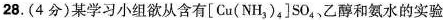
28.(4分)某学习小组欲从含有[Cu(NH_{3})_{4}]SO_{4}、乙醇和氨水的实验